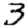
Digit: 3